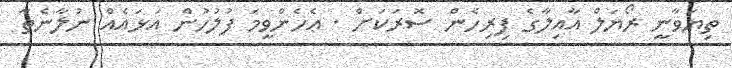
ތިޔަވާނީ ރޯޔަލް އާއިލާގެ ފިރިހެން ސޮރަކަށް . ޢެހެންވީމަ ފުލުހުން އަޅައެއް ނުލާނެތާ